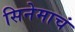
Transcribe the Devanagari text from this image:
सिनेमाचं